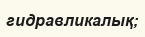
гидравликалық;